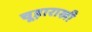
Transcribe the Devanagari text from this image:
चूड़ाराखी